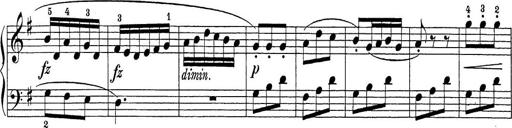
Title: Sonatina Album
Composer: Louis KÃ¶hler